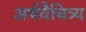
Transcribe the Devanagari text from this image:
अर्थवैचित्र्य